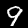
Digit: 9